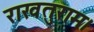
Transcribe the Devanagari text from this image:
राखतुराम।